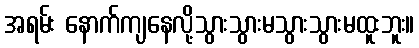
အရမ်း နောက်ကျနေလို့သွားသွားမသွားသွားမထူးဘူး။